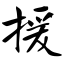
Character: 援